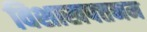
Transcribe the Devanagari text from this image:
विशाखपत्तनम